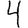
Digit: 4